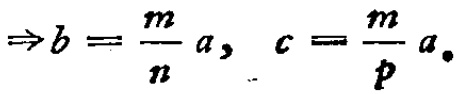
\(\Rightarrow b = \frac{m}{n}a,\ c = \frac{m}{p}a。\)